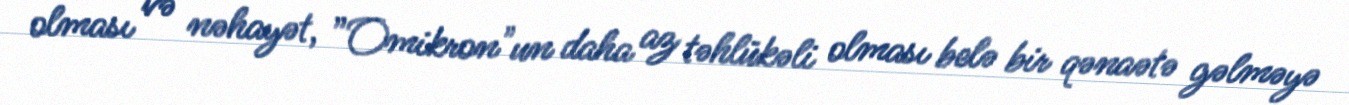
olması və nəhayət, ”Omikron"un daha az təhlükəli olması belə bir qənaətə gəlməyə